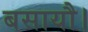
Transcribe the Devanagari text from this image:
बसायौ।